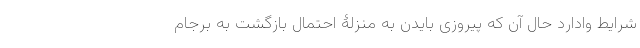
شرایط وادارد حال آن که پیروزی بایدن به منزلۀ احتمال بازگشت به برجام